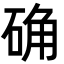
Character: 确